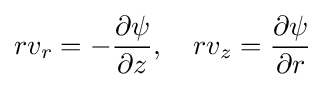
rv_{r}=-{\frac {\partial \psi }{\partial z}},\quad rv_{z}={\frac {\partial \psi }{\partial r}}